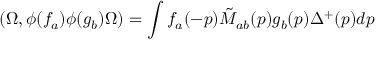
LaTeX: ( \Omega , \phi ( f _ { a } ) \phi ( g _ { b } ) \Omega ) = \int f _ { a } ( - p ) \tilde { M } _ { a b } ( p ) g _ { b } ( p ) \Delta ^ { + } ( p ) d p